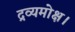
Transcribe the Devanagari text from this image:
द्रव्यमोक्ष।